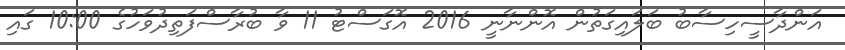
އަންދާސީހިސާބު ބަލައިގަތުން އޮންނާނީ 2016 އޮގަސްޓު 11 ވާ ބުރާސްފަތިދުވަހުގެ 10:00 ގައި